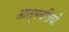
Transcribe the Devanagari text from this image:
आत्मबलियों